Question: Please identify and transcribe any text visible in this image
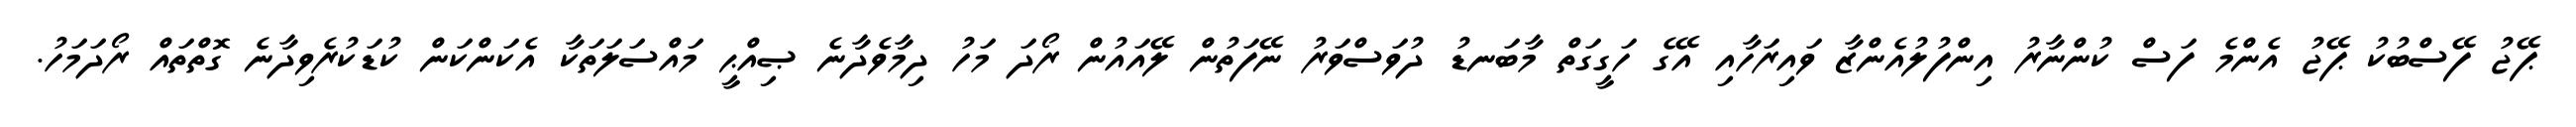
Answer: ޕޭޖު ފޭސްބުކު ޕޭޖު އެންމެ ފަސް ކުންނާރު އިންފުލުއެންޒާ ވައިރަހާއި އޭގެ ހަގީގަތް މާބަނޑު ދުވަސްވަރު ނޭފަތުން ލޭއައުން ރޯދަ މަހު ދިމާވެދާނެ ޞިއްޙީ މައްސަލަތަކާ އެކަންކަން ކުޑަކުރެވިދާނެ ގޮތްތައް ރޯދަމަހު.